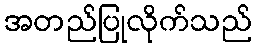
အတည်ပြုလိုက်သည်